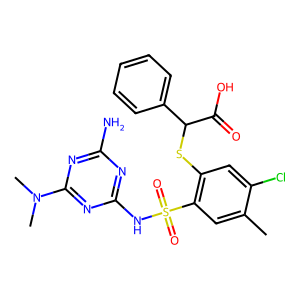
SMILES: Cc1cc(S(=O)(=O)Nc2nc(N)nc(N(C)C)n2)c(SC(C(=O)O)c2ccccc2)cc1Cl
Inhibits HIV replication: No